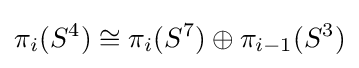
\pi _{i}(S^{4})\cong \pi _{i}(S^{7})\oplus \pi _{i-1}(S^{3})